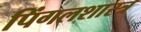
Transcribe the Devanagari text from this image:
पिंगलशास्त्र